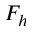
F _ { h }